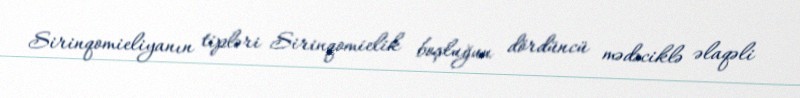
Sirinqomieliyanın tipləri Sirinqomielik boşluğun dördüncü mədəciklə əlaqəli